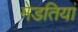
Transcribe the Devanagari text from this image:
मेडतियां